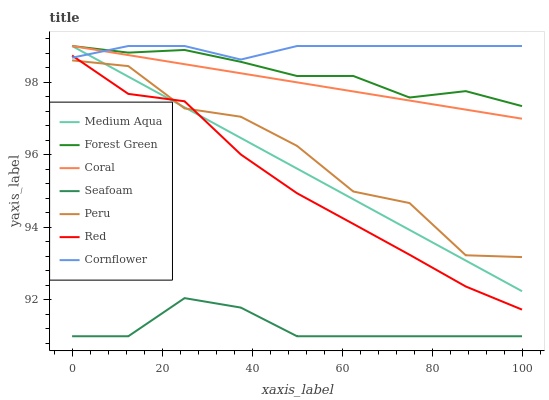
| xaxis_label | Medium Aqua | Forest Green | Coral | Seafoam | Peru | Red | Cornflower |
 | --- | --- | --- | --- | --- | --- | --- | --- |
 | 0 | 99 | 99 | 99 | 91 | 98.6 | 98.7 | 98.7 |
 | 12.5 | 98.2 | 98.8 | 98.7 | 91 | 98.4 | 97.7 | 99 |
 | 25 | 97.3 | 98.9 | 98.5 | 92.1 | 97.3 | 97.5 | 99 |
 | 37.5 | 96.5 | 98.6 | 98.2 | 91.8 | 97.1 | 96 | 98.6 |
 | 50 | 95.6 | 98.2 | 98 | 91 | 96.2 | 94.9 | 99 |
 | 62.5 | 94.8 | 98.2 | 97.7 | 91 | 95 | 94.1 | 99 |
 | 75 | 93.9 | 97.6 | 97.5 | 91 | 94.7 | 93.2 | 99 |
 | 87.5 | 93.1 | 97.8 | 97.2 | 91 | 93.2 | 92.4 | 99 |
 | 100 | 92.2 | 97.3 | 97 | 91 | 93.2 | 91.7 | 99 |